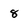
Character: 8